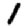
Digit: 1